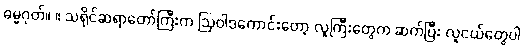
ဓမ္မဂုတ်။ ။ သရိုင်ဆရာတော်ကြီးက ဩဝါဒကောင်းတော့ လူကြီးတွေက ဆက်ပြီး လူငယ်တွေပါ